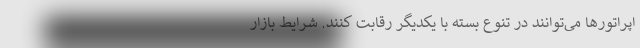
اپراتورها می‌توانند در تنوع بسته با یکدیگر رقابت کنند. شرایط بازار